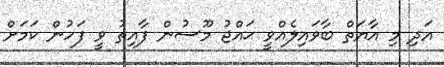
އަދި މި އާޔަތް ބާވައިލެއްވީ ޙައްޖު މޫސުން ފާއިތު ވީ ފަހުން ކަމަށް